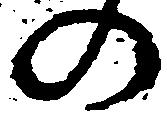
の